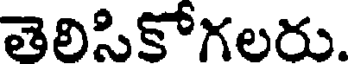
తెలిసికోగలరు.